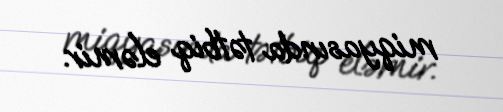
miqyasında tətbiq eləmir.